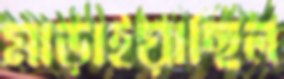
মাড়াইয়াছিল